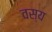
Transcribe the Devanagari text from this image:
वस्य